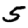
Digit: 5